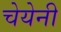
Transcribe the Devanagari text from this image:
चेयेनी